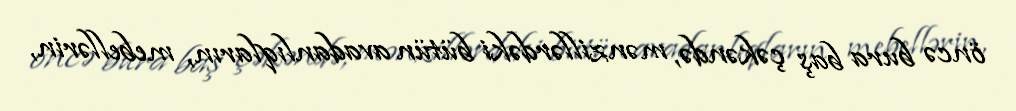
öncə bura baş çəkəndə, mənzillərdəki bütün avadanlıqların, mebellərin,